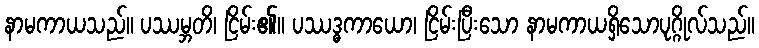
နာမကာယသည်။ ပဿမ္ဘတိ၊ ငြိမ်း၏။ ပဿဒ္ဓကာယော၊ ငြိမ်းပြီးသော နာမကာယရှိသောပုဂ္ဂိုလ်သည်။